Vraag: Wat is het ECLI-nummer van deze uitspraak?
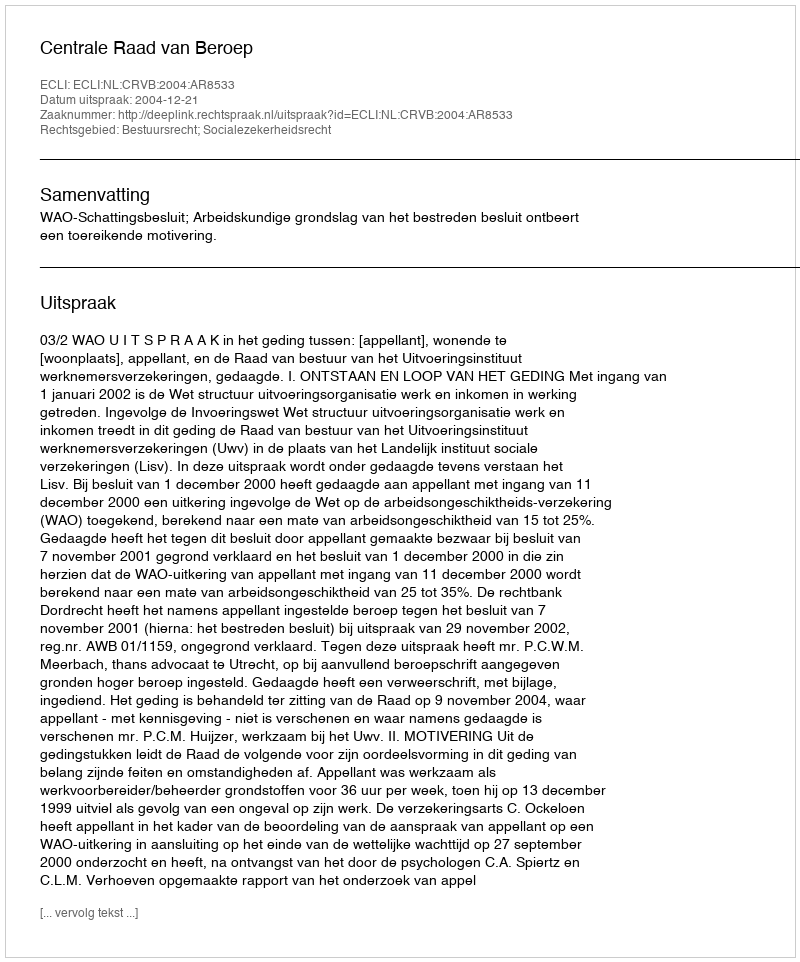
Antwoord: ECLI:NL:CRVB:2004:AR8533